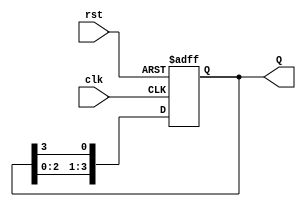
module ring_counter #(
    parameter N = 4  // Number of flip-flops (bits)
)(
    input wire clk,   // Clock signal
    input wire rst,   // Asynchronous reset signal
    output reg [N-1:0] Q  // Output state of the ring counter
);

// Initial state of the ring counter
initial begin
    Q = 1'b1;  // Start with the first flip-flop set to '1'
end

// Always block triggered on the rising edge of the clock or reset
always @(posedge clk or posedge rst) begin
    if (rst) begin
        Q <= 1'b1;  // Reset the counter to initial state
    end else begin
        // Shift the '1' to the next flip-flop
        Q <= {Q[N-2:0], Q[N-1]};  // Rotate the '1' through the flip-flops
    end
end

endmodule